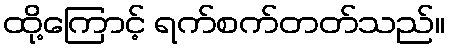
ထို့ကြောင့် ရက်စက်တတ်သည်။